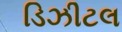
ડિઝીટલ